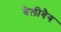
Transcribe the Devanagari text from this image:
वैलीवैग